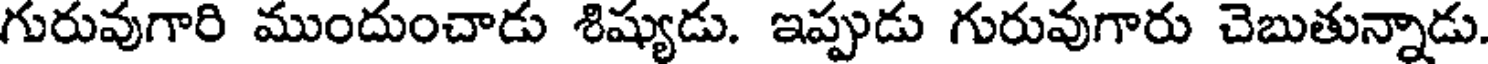
గురువుగారి ముందుంచాడు శిష్యుడు. ఇప్పుడు గురువుగారు చెబుతున్నాడు.